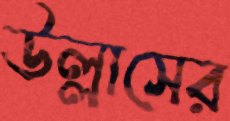
উল্লাসের